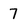
Character: 7